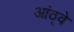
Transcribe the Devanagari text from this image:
आंठ्वे